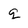
Character: q